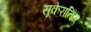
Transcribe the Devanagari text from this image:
सूकेरातिंग